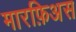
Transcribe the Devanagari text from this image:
मारफ़िअस